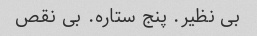
بی نظیر. پنج ستاره. بی نقص